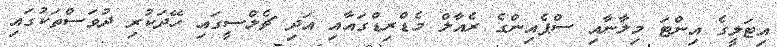
އިޓަލީގެ އިންޓަ މިލާނާއި ސްޕެއިންގެ ރެއާލް މެޑްރިޑްގައާއި އަދި ޗެލްސީގައި ހޭދަކުރި ދުވަސްތަކުގައި